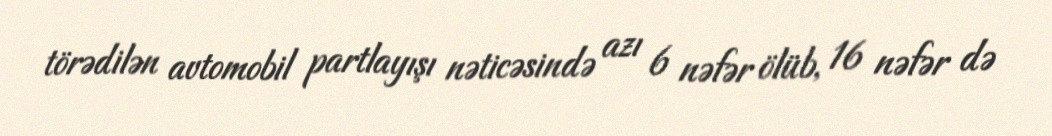
törədilən avtomobil partlayışı nəticəsində azı 6 nəfər ölüb, 16 nəfər də